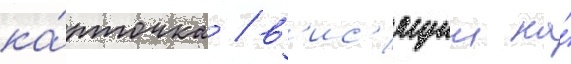
ка́рточка / в'ис'ящии на́